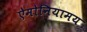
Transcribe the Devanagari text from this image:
ऐमोनियामय